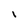
Character: I